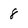
Character: 8